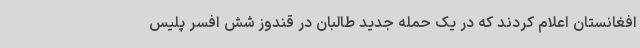
افغانستان اعلام کردند که در یک حمله جدید طالبان در قندوز شش افسر پلیس